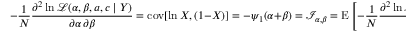
- { \frac { 1 } { N } } { \frac { \partial ^ { 2 } \ln { \mathcal { L } } ( \alpha , \beta , a , c \mid Y ) } { \partial \alpha \, \partial \beta } } = \operatorname { c o v } [ \ln X , ( 1 - X ) ] = - \psi _ { 1 } ( \alpha + \beta ) = { \mathcal { I } } _ { \alpha , \beta } = \operatorname { E } \left[ - { \frac { 1 } { N } } { \frac { \partial ^ { 2 } \ln { \mathcal { L } } ( \alpha , \beta , a , c \mid Y ) } { \partial \alpha \, \partial \beta } } \right] = \ln ( \operatorname { c o v } _ { G { X , ( 1 - X ) } } )